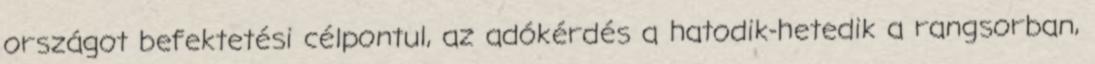
országot befektetési célpontul, az adókérdés a hatodik-hetedik a rangsorban,